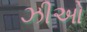
ઝીઓ